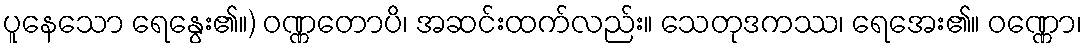
ပူနေသော ရေနွေး၏။) ဝဏ္ဏတောပိ၊ အဆင်းထက်လည်း။ သေတုဒကဿ၊ ရေအေး၏။ ဝဏ္ဏော၊